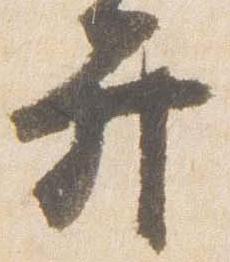
弁